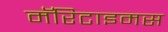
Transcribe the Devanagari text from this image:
मॅरिटाइमस